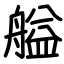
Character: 艗